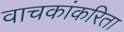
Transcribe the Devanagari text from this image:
वाचकांकरिता